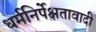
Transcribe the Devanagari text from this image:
धर्मनिर्पेक्षतावादी